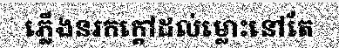
ភ្លើងនរកក្តៅដល់ម្លោះនៅតែ